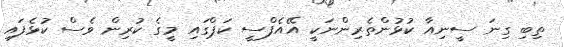
ތިބި ގިނަ ސީނިއާ ކުޅުންތެރިންނަކީ އޭއެފްސީ ކަޕްގައި މީގެ ކުރިން ވެސް ކުޅެފައި